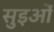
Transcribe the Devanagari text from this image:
सुइओं